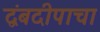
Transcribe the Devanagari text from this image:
द्वंबदीपाचा